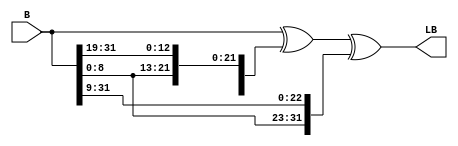
`timescale 1ns / 1ps

module LB_func(
    input [31:0] B,
    output [31:0] LB
    );
    wire[31:0]B_left_13;
    wire[31:0]B_left_23;
    
    assign B_left_13 = {B[18:0] , B[31:19]};
    assign B_left_23 = {B[8:0] , B[31:9]};
    assign LB = B^B_left_13^B_left_23;
    
endmodule